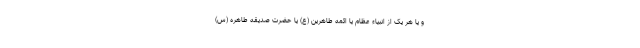
و یا هر یک از انبیاء عظام یا ائمه طاهرین (ع) یا حضرت صدیقه طاهره (س)